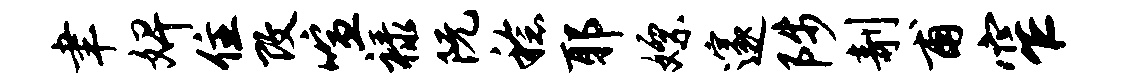
聿婢住改喧禄阮稔耶嫖邃陟剞甫窄